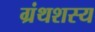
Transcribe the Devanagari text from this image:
ग्रंथशस्य